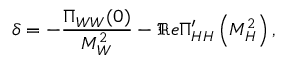
\delta = - { \frac { \Pi _ { W W } ( 0 ) } { M _ { W } ^ { 2 } } } - \Re e \Pi _ { H H } ^ { \prime } \left( M _ { H } ^ { 2 } \right) ,